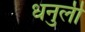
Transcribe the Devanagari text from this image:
धनुली